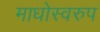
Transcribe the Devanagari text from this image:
माधोस्वरुप